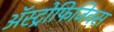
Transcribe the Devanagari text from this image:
अॅस्ट्रोफिजिक्स